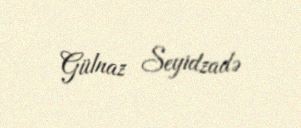
Gülnaz Seyidzadə